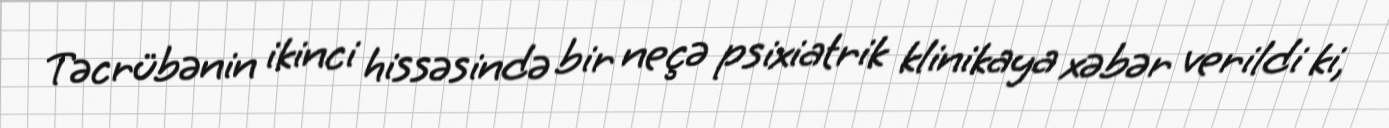
Təcrübənin ikinci hissəsində bir neçə psixiatrik klinikaya xəbər verildi ki,